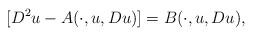
LaTeX: \begin{align*} [ D^2u - A(\cdot,u,Du)] = B(\cdot,u,Du),\end{align*}